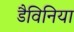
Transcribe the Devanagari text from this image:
डैविनिया